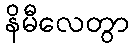
နိမီလေတွာ